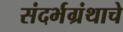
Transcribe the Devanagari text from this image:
संदर्भग्रंथाचे